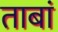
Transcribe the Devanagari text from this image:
ताबां